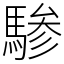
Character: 𬳯